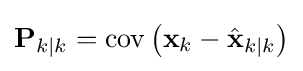
\mathbf {P} _{k\mid k}=\operatorname {cov} \left(\mathbf {x} _{k}-{\hat {\mathbf {x} }}_{k\mid k}\right)